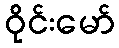
ဝိုင်းမော်